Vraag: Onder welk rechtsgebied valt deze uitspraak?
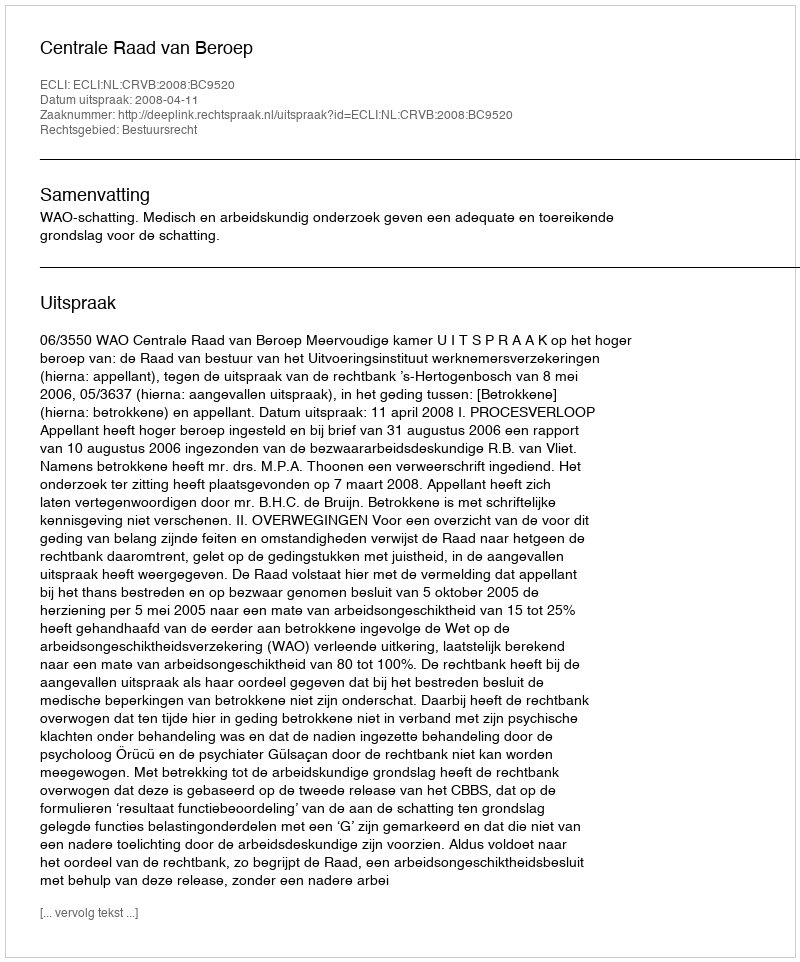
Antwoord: Bestuursrecht